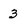
Character: 3